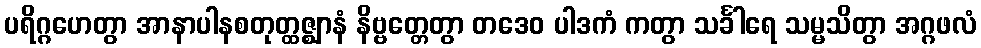
ပရိဂ္ဂဟေတွာ အာနာပါနစတုတ္ထဇ္ဈာနံ နိဗ္ဗတ္တေတွာ တဒေဝ ပါဒကံ ကတွာ သင်္ခါရေ သမ္မသိတွာ အဂ္ဂဖလံ